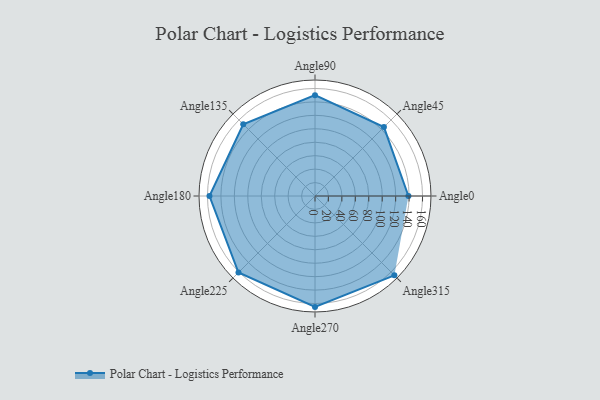
{"axis": {"x": "Angle", "y": "Radius"}, "legend": [""], "data": [{"x": "Angle0", "y": 139.0, "type": ""}, {"x": "Angle45", "y": 145.0, "type": ""}, {"x": "Angle90", "y": 150.0, "type": ""}, {"x": "Angle135", "y": 151.0, "type": ""}, {"x": "Angle180", "y": 157.0, "type": ""}, {"x": "Angle225", "y": 161.0, "type": ""}, {"x": "Angle270", "y": 165.0, "type": ""}, {"x": "Angle315", "y": 167.0, "type": ""}]}